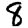
Digit: 8